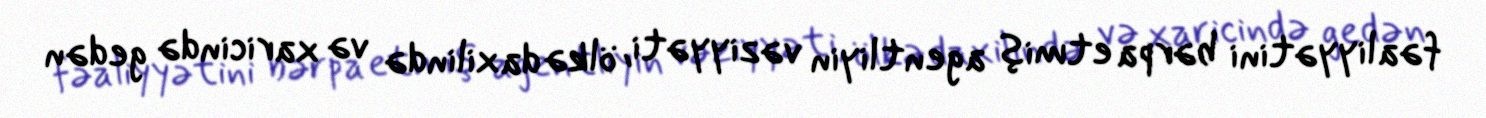
fəaliyyətini bərpa etmiş agentliyin vəziyyəti, ölkə daxilində və xaricində gedən